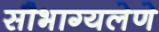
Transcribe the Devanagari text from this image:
सौभाग्यलेणे